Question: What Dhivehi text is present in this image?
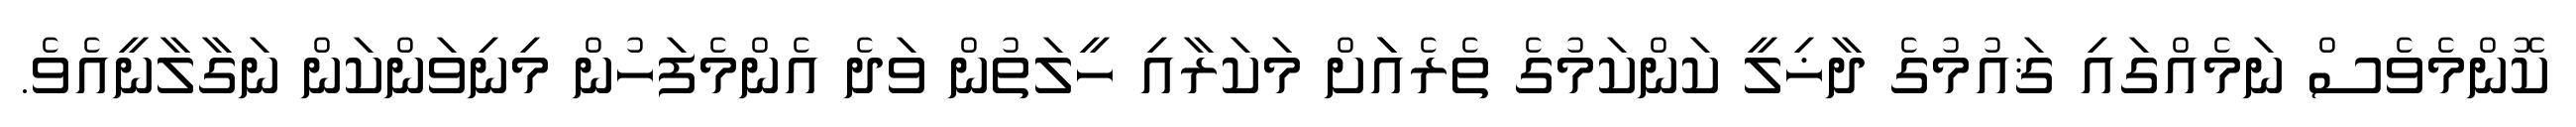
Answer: ކޮންމެވެސް ނަމެއްގައި ޤައުމުގެ ދާޚިލީ ކަންކަމުގެ ތެރެއަަށް މަކަރާއި ހީލަތުން ވަދެ އެންމެފަހުން މިނިވަންކަން ނަގާލާނީއެވެ.